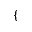
\{